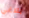
بلاغي